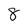
Character: 8